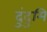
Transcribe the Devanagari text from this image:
दुंदुमि